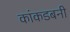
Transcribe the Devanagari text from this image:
कांकडबनी